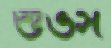
শুভস